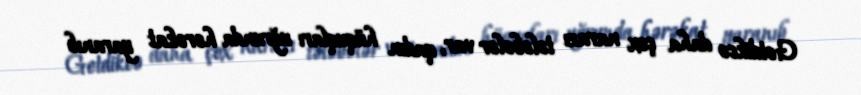
Getdikcə daha çox narazı tələbələr var, qadın hüquqları uğrunda hərəkat yaranıb